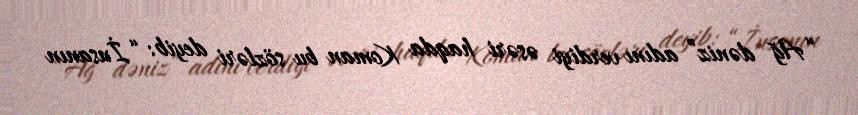
“Ağ dəniz” adını verdiyi əsəri haqda Koman bu sözləri deyib: “İnsanın